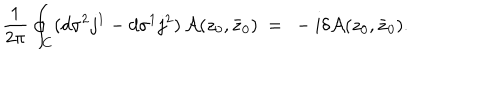
LaTeX: \frac { 1 } { 2 \pi } \oint _ { C } ( d \sigma ^ { 2 } j ^ { 1 } - d \sigma ^ { 1 } j ^ { 2 } ) \, { \cal A } ( z _ { 0 } , \bar { z } _ { 0 } ) \ = \ - i \delta { \cal A } ( z _ { 0 } , \bar { z } _ { 0 } ) .